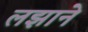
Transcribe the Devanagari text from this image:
लझाने